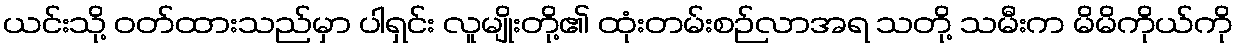
ယင်းသို့ ဝတ်ထားသည်မှာ ပါရှင်း လူမျိုးတို့၏ ထုံးတမ်းစဉ်လာအရ သတို့ သမီးက မိမိကိုယ်ကို